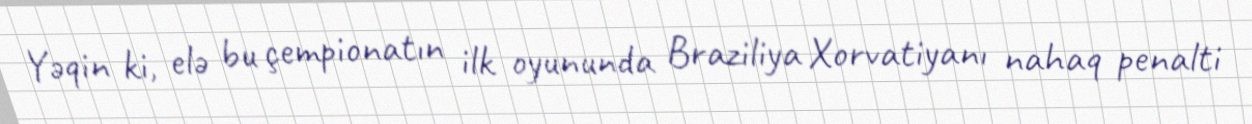
Yəqin ki, elə bu çempionatın ilk oyununda Braziliya Xorvatiyanı nahaq penalti